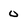
Character: 0